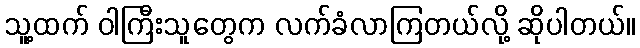
သူ့ထက် ဝါကြီးသူတွေက လက်ခံလာကြတယ်လို့ ဆိုပါတယ်။